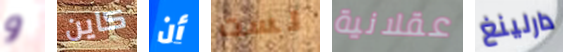
و كاين أن لست عقلانية دارلينغ